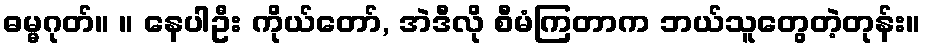
ဓမ္မဂုတ်။ ။ နေပါဦး ကိုယ်တော်, အဲဒီလို စီမံကြတာက ဘယ်သူတွေတဲ့တုန်း။